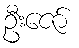
ဦးဇော်